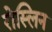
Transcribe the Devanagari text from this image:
रोस्लिन